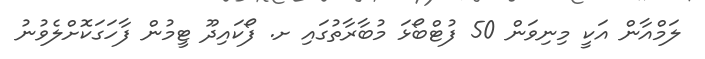
ލަމްއާން އަކީ މިނިވަން 50 ފުޓްބޯޅަ މުބާރާތުގައި ށ. ފޯކައިދޫ ޓީމުން ފާހަގަކޮށްލެވުނު